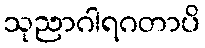
သုညာဂါရဂတာပိ